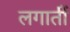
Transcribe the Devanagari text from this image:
लगातीं